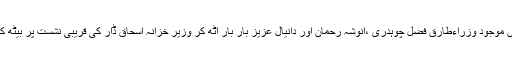
سماعت کے دوران عدالت میں موجود وزراءطارق فضل چوہدری ،انوشہ رحمان اور دانیال عزیز بار بار اٹھ کر وزیر خزانہ اسحاق ڈار کی قریبی نشست پر بیٹھ کر ان سے گفتگو کرتے رہے۔